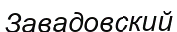
Завадовский